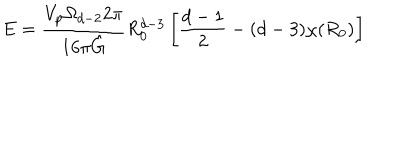
E = \frac { V _ { p } \Omega _ { d - 2 } 2 \pi } { 1 6 \pi \hat { G } } R _ { 0 } ^ { d - 3 } \left[ \frac { d - 1 } { 2 } - ( d - 3 ) \chi ( R _ { 0 } ) \right]